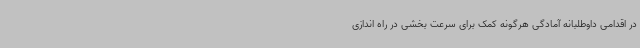
در اقدامی داوطلبانه آمادگی هرگونه کمک برای سرعت بخشی در راه اندازی